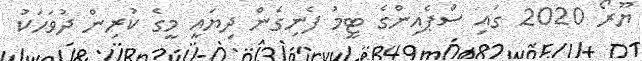
ޔޫރޯ 2020 ގައި ސްޕެއިންގެ ޓީމު ފެނިގެން ދިޔައީ މީގެ ކުރިން ދުވަހަކު